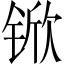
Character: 锨